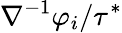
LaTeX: \nabla^{-1}\varphi_{i}/\tau^{*}